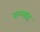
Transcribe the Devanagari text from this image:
वल्लाह